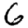
Digit: 6